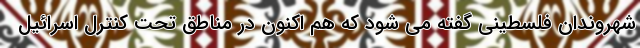
شهروندان فلسطینی گفته می شود که هم اکنون در مناطق تحت کنترل اسرائیل